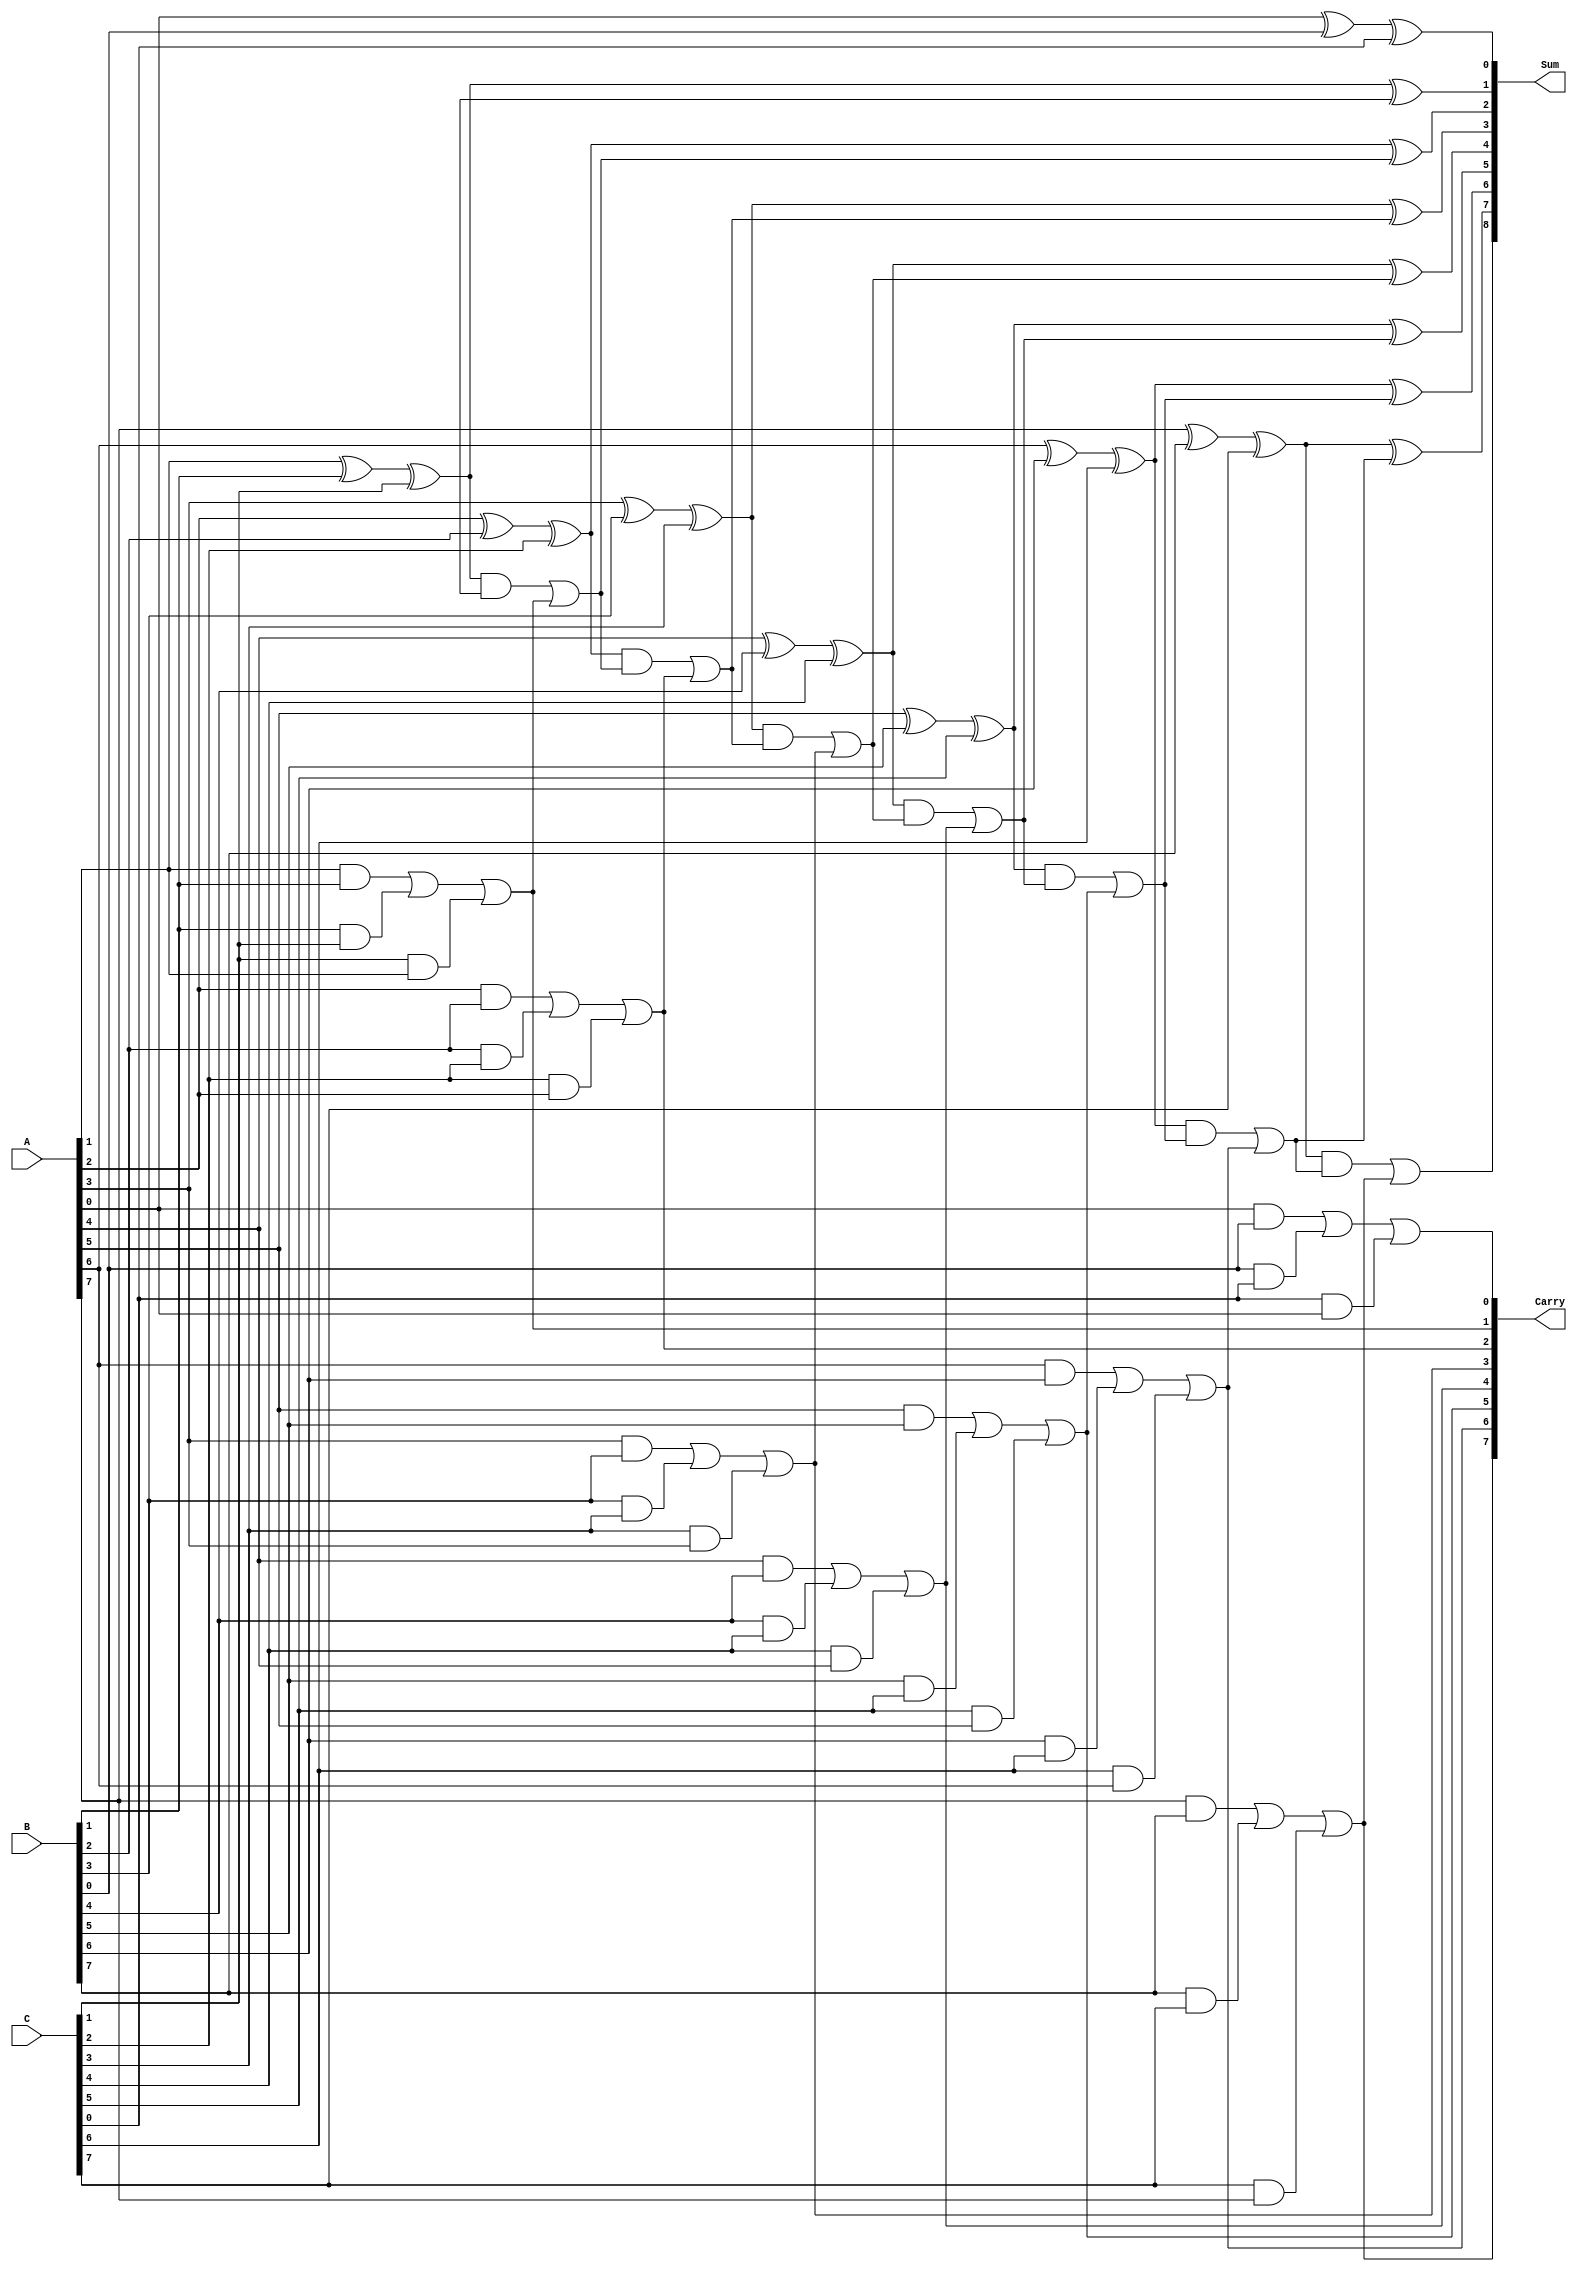
module ModifiedCarrySaveAdder #(parameter n = 8) (
    input [n-1:0] A,
    input [n-1:0] B,
    input [n-1:0] C,
    output [n:0] Sum,
    output [n-1:0] Carry
);
    wire [n-1:0] partial_sum;
    wire [n-1:0] carry_temp;

    // Generate partial sums and carries for each bit position
    genvar i;
    generate
        for (i = 0; i < n; i = i + 1) begin : gen_partial
            assign partial_sum[i] = A[i] ^ B[i] ^ C[i]; // Partial sum
            assign carry_temp[i] = (A[i] & B[i]) | (B[i] & C[i]) | (C[i] & A[i]); // Carry
        end
    endgenerate

    // Final carry propagation
    wire [n-1:0] carry_out;
    assign Carry = carry_temp;

    // Compute the final sum with carry propagation
    assign Sum[0] = partial_sum[0]; // LSB sum remains the same

    generate
        for (i = 1; i < n; i = i + 1) begin : gen_final_sum
            assign Sum[i] = partial_sum[i] ^ carry_out[i-1];
            assign carry_out[i] = (partial_sum[i] & carry_out[i-1]) | carry_temp[i]; // Carry out logic
        end
    endgenerate

    // Final carry output for potential overflow
    assign Sum[n] = carry_out[n-1];

endmodule